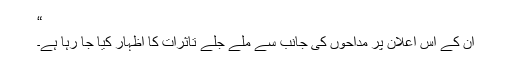
“
ان کے اس اعلان پر مداحوں کی جانب سے ملے جلے تاثرات کا اظہار کیا جا رہا ہے۔